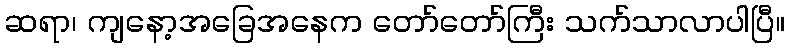
ဆရာ၊ ကျနော့အခြေအနေက တော်တော်ကြီး သက်သာလာပါပြီ။